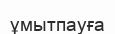
ұмытпауға